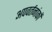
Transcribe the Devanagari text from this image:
अपवर्तनांकों